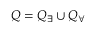
Q = Q _ { \exists } \cup Q _ { \forall }